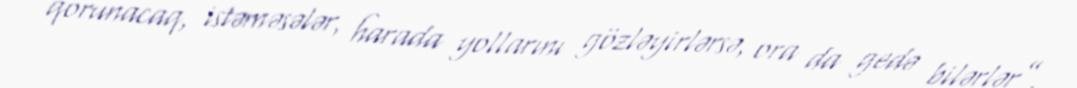
qorunacaq, istəməsələr, harada yollarını gözləyirlərsə, ora da gedə bilərlər”.